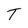
Character: T